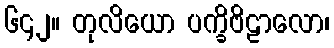
၆၄၂။ တုလိယော ပက္ခိဗိဠာလော၊